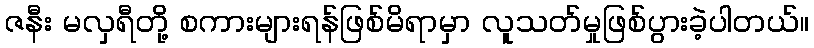
ဇနီး မလှရီတို့ စကားများရန်ဖြစ်မိရာမှာ လူသတ်မှုဖြစ်ပွားခဲ့ပါတယ်။